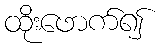
ထိုးဖောက်၍